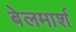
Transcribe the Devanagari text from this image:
बेलमार्श